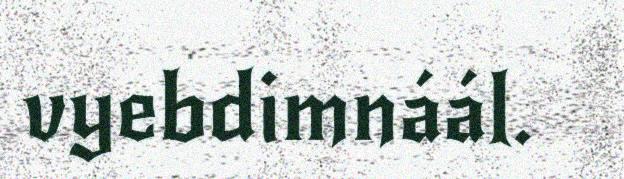
vyebdimnáál.